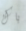
باك